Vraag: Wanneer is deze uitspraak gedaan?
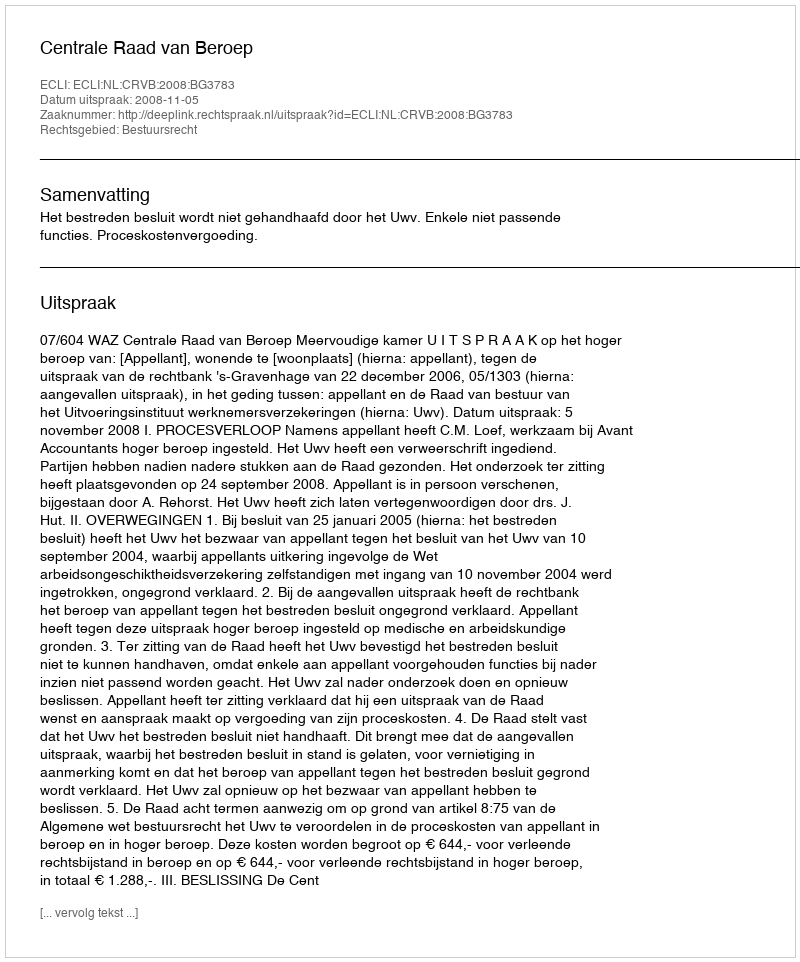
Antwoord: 2008-11-05